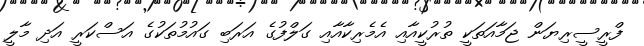
ފްރީސީރިޔަން ޖަމާއަތަކީ ތުރުކީއާއި އެމެރިކާއާއި ގަލްފުގެ އަރަބި ގައުމުތަކުގެ އަސްކަރީ އަދި މާލީ